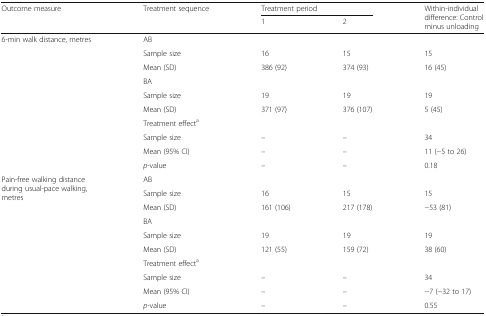
<table><thead><tr><td rowspan="2"><b>Outcome measure</b></td><td rowspan="2"><b>Treatment sequence</b></td><td colspan="2"><b>Treatment period</b></td><td rowspan="2"><b>Within-individual difference: Control minus unloading</b></td></tr><tr><td><b>1</b></td><td><b>2</b></td></tr></thead><tbody><tr><td rowspan="10">6-min walk distance, metres</td><td>AB</td><td></td><td></td><td></td></tr><tr><td>Sample size</td><td>16</td><td>15</td><td>15</td></tr><tr><td>Mean (SD)</td><td>386 (92)</td><td>374 (93)</td><td>16 (45)</td></tr><tr><td>BA</td><td></td><td></td><td></td></tr><tr><td>Sample size</td><td>19</td><td>19</td><td>19</td></tr><tr><td>Mean (SD)</td><td>371 (97)</td><td>376 (107)</td><td>5 (45)</td></tr><tr><td>Treatment effect<sup>a</sup></td><td></td><td></td><td></td></tr><tr><td>Sample size</td><td>–</td><td>–</td><td>34</td></tr><tr><td>Mean (95% CI)</td><td>–</td><td>–</td><td>11 (−5 to 26)</td></tr><tr><td><i>p</i>-value</td><td>–</td><td>–</td><td>0.18</td></tr><tr><td rowspan="10">Pain-free walking distance during usual-pace walking, metres</td><td>AB</td><td></td><td></td><td></td></tr><tr><td>Sample size</td><td>16</td><td>15</td><td>15</td></tr><tr><td>Mean (SD)</td><td>161 (106)</td><td>217 (178)</td><td>−53 (81)</td></tr><tr><td>BA</td><td></td><td></td><td></td></tr><tr><td>Sample size</td><td>19</td><td>19</td><td>19</td></tr><tr><td>Mean (SD)</td><td>121 (55)</td><td>159 (72)</td><td>38 (60)</td></tr><tr><td>Treatment effect<sup>a</sup></td><td></td><td></td><td></td></tr><tr><td>Sample size</td><td>–</td><td>–</td><td>34</td></tr><tr><td>Mean (95% CI)</td><td>–</td><td>–</td><td>−7 (−32 to 17)</td></tr><tr><td><i>p</i>-value</td><td>–</td><td>–</td><td>0.55</td></tr></tbody></table>